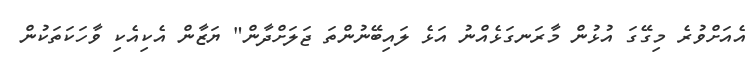
އެއަށްވުރެ މިގޭގަ އުޅުން މާރަނގަޅެއްނު އަޅެ ލައިބޭނުންތަ ޖަލަށްދާން" ޔަޒާން އެކިއެކި ވާހަކަތަކުން